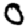
Digit: 0